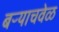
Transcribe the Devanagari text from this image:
बऱ्याचवेळ